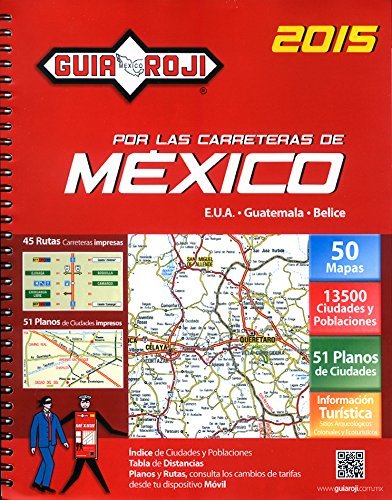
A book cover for Guia Roji Por Las Carreteras Mexico 2015 (Spanish Edition); Guia Roji; Travel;